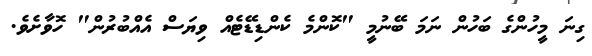
ގިނަ މީހުންގެ ބަހުން ނަމަ ބޭނުމީ "ކޮންމެ ކެންޑިޑޭޓެއް ވިޔަސް އެއްބުރުން" ހޮވާށެވެ.